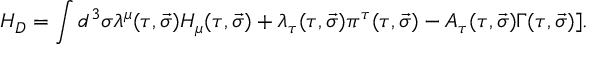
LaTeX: H _ { D } = \int d ^ { 3 } \sigma \lambda ^ { \mu } ( \tau , \vec { \sigma } ) { \cal H } _ { \mu } ( \tau , \vec { \sigma } ) + \lambda _ { \tau } ( \tau , \vec { \sigma } ) \pi ^ { \tau } ( \tau , \vec { \sigma } ) - A _ { \tau } ( \tau , \vec { \sigma } ) \Gamma ( \tau , \vec { \sigma } ) ] .